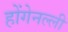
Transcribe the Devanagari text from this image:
होंगेनल्ली